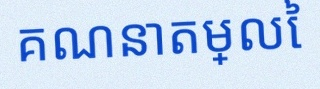
គណនាតម្លៃ